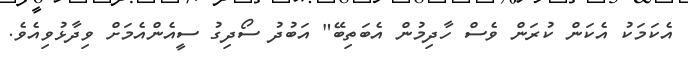
އެކަމަކު އެކަން ކުރަން ވެސް ހާދިމުން އެބަތިބޭ" އަބުދު ސޯދިގު ސީއެންއެމަށް ވިދާޅުވިއެވެ.